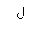
Letter: _lam